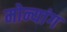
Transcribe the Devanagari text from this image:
मोन्यांग